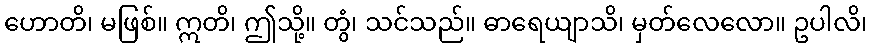
ဟောတိ၊ မဖြစ်။ ဣတိ၊ ဤသို့။ တွံ၊ သင်သည်။ ဓာရေယျာသိ၊ မှတ်လေလော။ ဥပါလိ၊